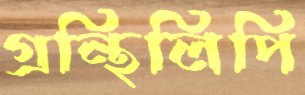
গ্রন্থিলিপি